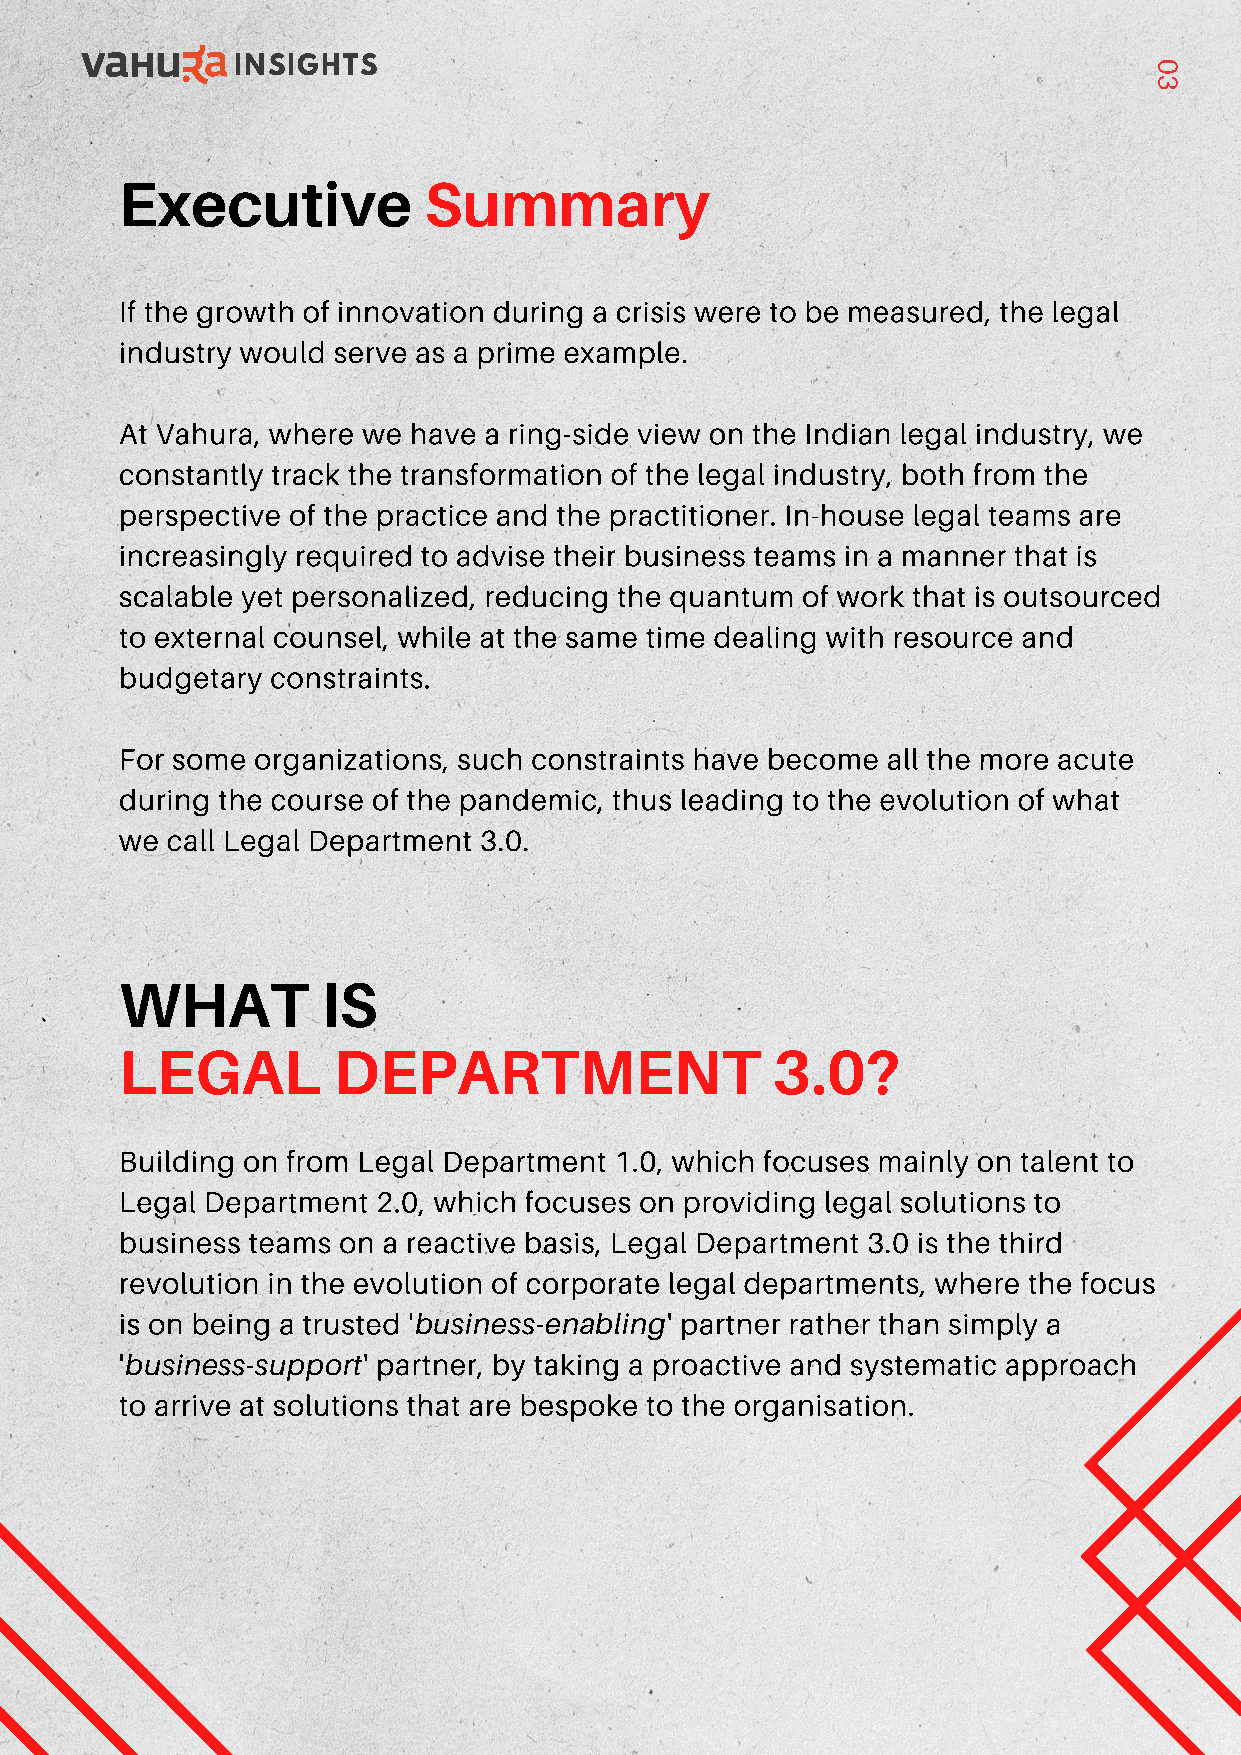
INSIGHTS                                                     0
 3
 Executive           Summary
 If the growth of innovation during a crisis were to be measured, the legal
 industry would serve as a prime example.
 At Vahura, where we have a ring-side view on the Indian legal industry, we
 constantly track the transformation of the legal industry, both from the
 perspective of the practice and the practitioner. In-house legal teams are
 increasingly required to advise their business teams in a manner that is
 scalable yet personalized, reducing the quantum of work that is outsourced
 to external counsel, while at the same time dealing with resource and
 budgetary constraints.
 For some organizations, such constraints have become all the more acute
 during the course of the pandemic, thus leading to the evolution of what
 we call Legal Department 3.0.
 WHAT         IS
 LEGAL         DEPARTMENT                   3.0?
 Building on from Legal Department 1.0, which focuses mainly on talent to
 Legal Department 2.0, which focuses on providing legal solutions to
 business teams on a reactive basis, Legal Department 3.0 is the third
 revolution in the evolution of corporate legal departments, where the focus
 is on being a trusted '             ' partner rather than simply a
 business-enabling
 '               ' partner, by taking a proactive and systematic approach
 business-support
 to arrive at solutions that are bespoke to the organisation.